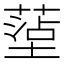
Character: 𫮤